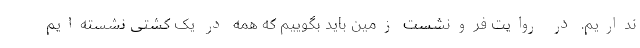
نداریم. در روایت فرونشست زمین باید بگوییم که همه در یک کشتی نشسته‌ایم